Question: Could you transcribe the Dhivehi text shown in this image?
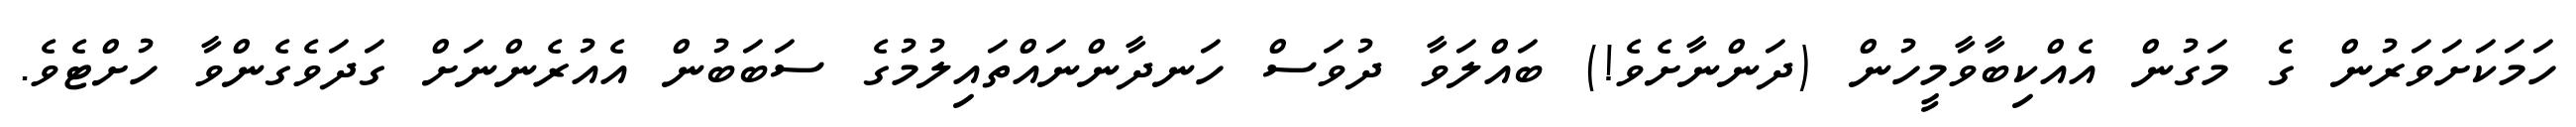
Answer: ހަމަކަށަވަރުން ގެ މަގުން އެއްކިބާވާމީހުން (ދަންނާށެވެ!) ބައްލަވާ ދުވަސް ހަނދާންނައްތައިލުމުގެ ސަބަބުން އެއުރެންނަށް ގަދަވެގެންވާ ހުށްޓެވެ.